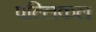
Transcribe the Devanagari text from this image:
पल्लिकल